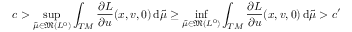
c > \operatorname* { s u p } _ { \tilde { \mu } \in \mathfrak { M } ( { L ^ { 0 } } ) } \int _ { T M } \frac { \partial L } { \partial u } ( x , v , 0 ) \, \mathrm { d } \tilde { \mu } \geq \operatorname* { i n f } _ { \tilde { \mu } \in \mathfrak { M } ( { L ^ { 0 } } ) } \int _ { T M } \frac { \partial L } { \partial u } ( x , v , 0 ) \, \mathrm { d } \tilde { \mu } > c ^ { \prime }